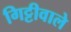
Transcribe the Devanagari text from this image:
गिट्टीवाले